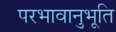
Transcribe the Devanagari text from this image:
परभावानुभूति